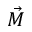
\vec { M }